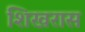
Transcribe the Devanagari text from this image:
शिखरास